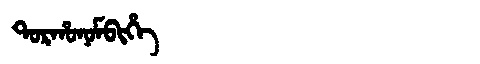
Manchu: ᡨᠣᡵᡥᠣᠨᠣᠮᠪᡳᡥᡝ
Romanization: TORHONOMBIHE